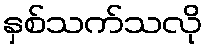
နှစ်သက်သလို